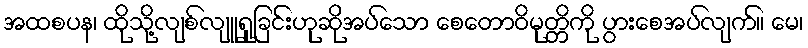
အထစပန၊ ထိုသို့လျစ်လျူရှုခြင်းဟုဆိုအပ်သော စေတောဝိမုတ္တိကို ပွားစေအပ်လျက်။ မေ၊